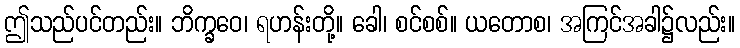
ဤသည်ပင်တည်း။ ဘိက္ခဝေ၊ ရဟန်းတို့။ ခေါ၊ စင်စစ်။ ယတောစ၊ အကြင်အခါ၌လည်း။